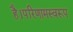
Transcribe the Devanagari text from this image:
है।परिणामस्वरूप